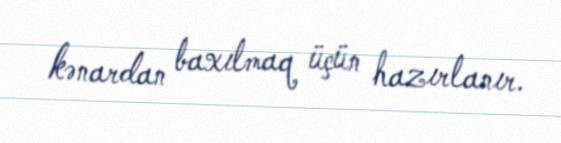
kənardan baxılmaq üçün hazırlanır.